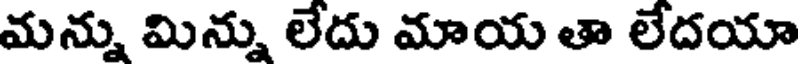
మన్ను మిన్ను లేదు మాయ తా లేదయా